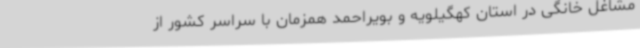
مشاغل خانگی در استان کهگیلویه و بویراحمد همزمان با سراسر کشور از